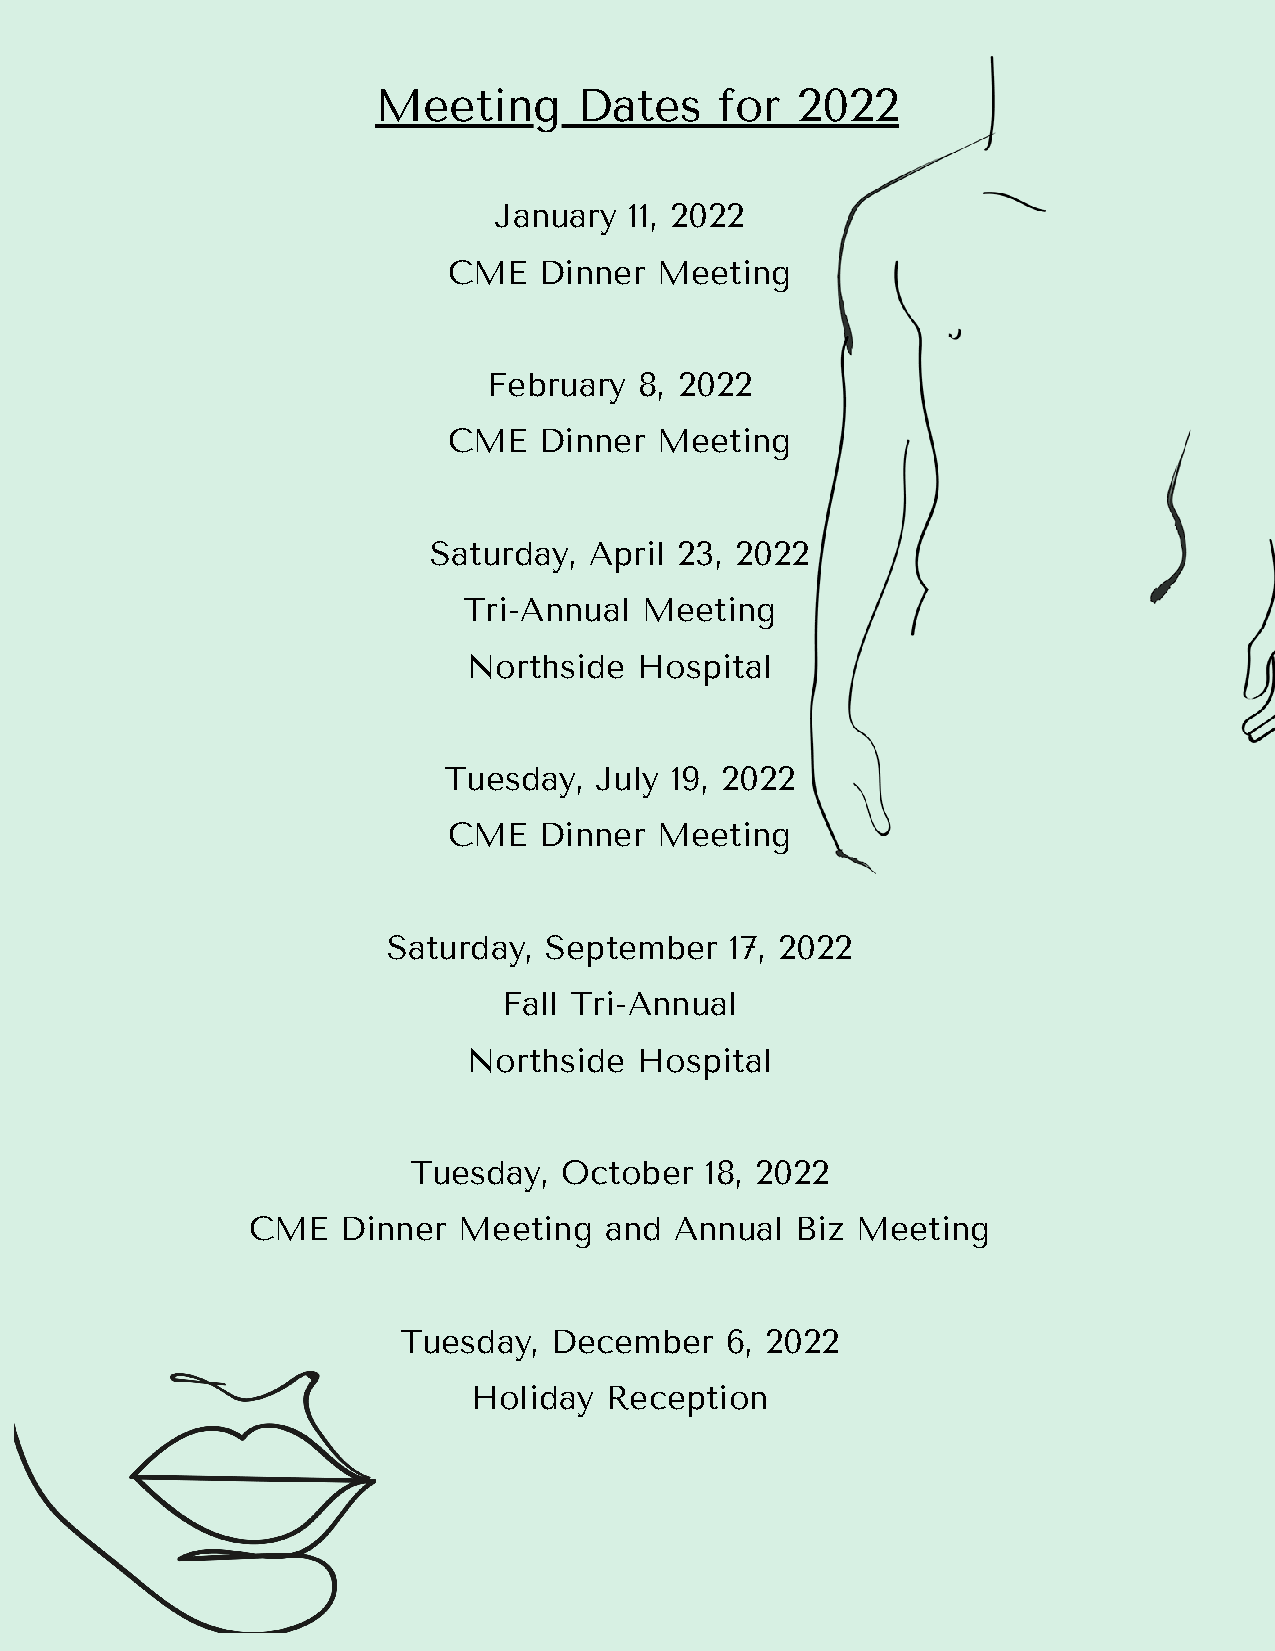
Meeting      Dates     for  2022
 January  11, 2022
 CME   Dinner Meeting
 February  8, 2022
 CME   Dinner Meeting
 Saturday,  April 23, 2022
 Tri-Annual Meeting
 Northside  Hospital
 Tuesday,  July 19, 2022
 CME   Dinner Meeting
 Saturday, September   17, 2022
 Fall Tri-Annual
 Northside  Hospital
 Tuesday,  October   18, 2022
 CME    Dinner Meeting   and  Annual  Biz Meeting
 Tuesday,   December   6, 2022
 Holiday  Reception